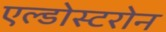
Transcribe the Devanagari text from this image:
एल्डोस्टरोन